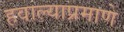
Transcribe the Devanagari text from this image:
हवाल्याप्रमाणे